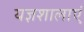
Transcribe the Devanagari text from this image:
यज्ञशालाएं